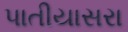
પાતીયાસરા